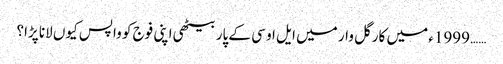
…… 1999ء میں کارگل وار میں ایل او سی کے پار بیٹھی اپنی فوج کو واپس کیوں لانا پڑا؟